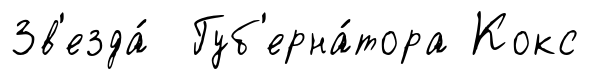
Зв'езда́ Губ'ерна́тора Кокс